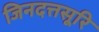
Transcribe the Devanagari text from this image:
जिनदत्तसूरि